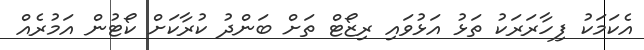
އެކަމަކު ފިހާރަރަކު ތަޅު އަޅުވައި ރިޒޯޓް ތަށް ބަންދު ކުރާކަށް ކޯޓުން އަމުރެއް